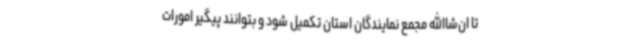
تا ان‌شاالله مجمع نمایندگان استان تکمیل شود و بتوانند پیگیر امورات